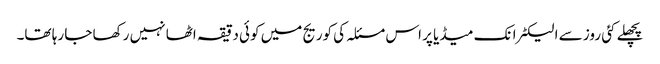
پچھلے کئی روز سے الیکٹرانک میڈیا پر اس مسئلہ کی کوریج میں کوئی دقیقہ اٹھا نہیں رکھا جا رہا تھا۔